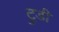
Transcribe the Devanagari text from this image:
ट्रुडी